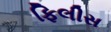
ફિલીસ